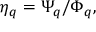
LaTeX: \eta _ { q } = \Psi _ { q } / \Phi _ { q } ,